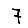
Digit: 7